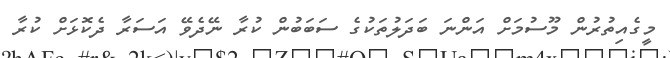
މީގެއިތުރުން މޫސުމަށް އަންނަ ބަދަލުތަކުގެ ސަބަބުން ކުރާ ނޭދެވޭ އަސަރާ ދެކޮޅަށް ކުރާ